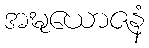
အဍ္ဎယောဇနံ